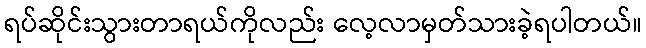
ရပ်ဆိုင်းသွားတာရယ်ကိုလည်း လေ့လာမှတ်သားခဲ့ရပါတယ်။